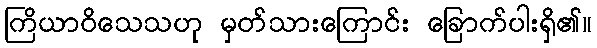
ကြိယာဝိသေသဟု မှတ်သားကြောင်း ခြောက်ပါးရှိ၏။